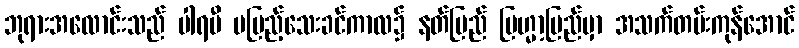
ဘုရားအလောင်းသည် ပါရမီ မပြည့်သေးခင်ကာလ၌ နတ်ပြည် ဗြဟ္မာ့ပြည်မှာ အသက်တမ်းကုန်အောင်